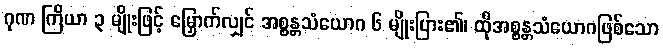
ဂုဏ ကြိယာ ၃ မျိုးဖြင့် မြှောက်လျှင် အစ္စန္တသံယောဂ ၆ မျိုးပြား၏၊ ထိုအစ္စန္တသံယောဂဖြစ်သော